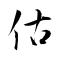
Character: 估